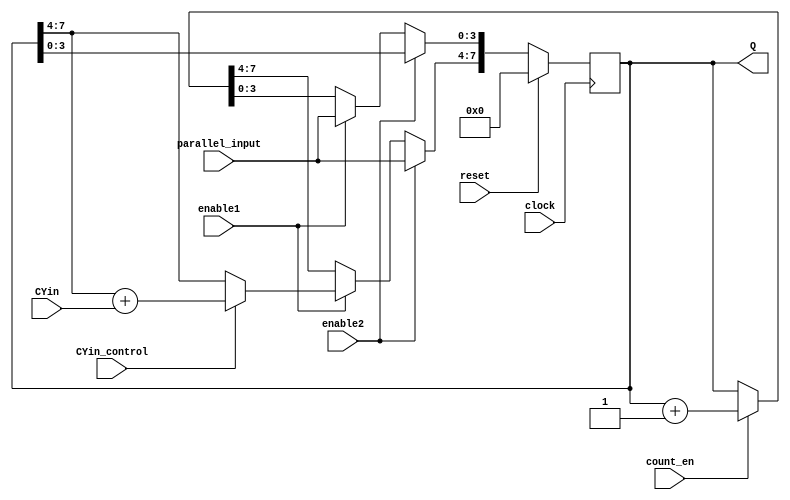
module PC(reset, parallel_input, enable1, enable2, CYin,CYin_control, Q, clock, count_en);
input reset, enable1, enable2, clock, count_en, CYin, CYin_control;
input [3:0] parallel_input;
output [7:0] Q;

reg [7:0] Q;

always @(posedge clock)
begin
	if(reset == 1)			//active high signal
		Q = 0;
	else if(enable2 == 1) 	//active high signal
		Q[7:4] = parallel_input;
	else if(enable1 == 1) 	//active high signal
		begin
			Q[3:0] = parallel_input;
			if(CYin_control==1)
				Q[7:4]=Q[7:4]+CYin;
		end
	else if(count_en == 0) 		//active high signal
		Q = Q;
	else
		Q = Q+1;

end
endmodule